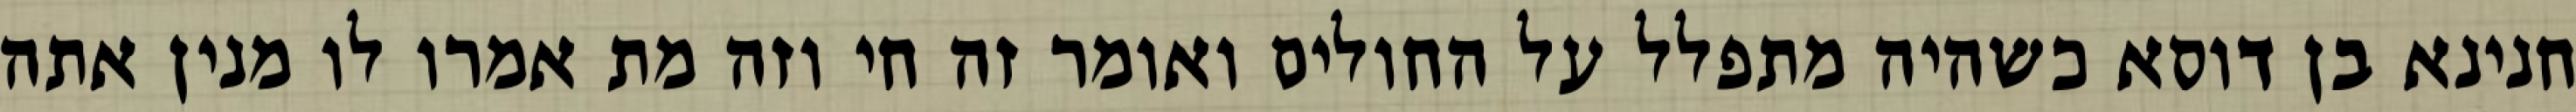
חנינא בן דוסא כשהיה מתפלל על החולים ואומר זה חי וזה מת אמרו לו מנין אתה